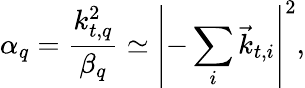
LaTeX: \alpha_{q}=\frac{k_{t,q}^{2}}{\beta_{q}}\simeq\left|-\sum_{i}{\vec{k}}_{t,i}\right|^{2},